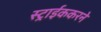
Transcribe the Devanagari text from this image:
स्ट्राईककरने